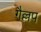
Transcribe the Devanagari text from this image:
गैल्लप